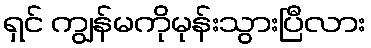
ရှင် ကျွန်မကိုမုန်းသွားပြီလား